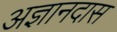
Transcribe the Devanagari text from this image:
अज्ञानदास